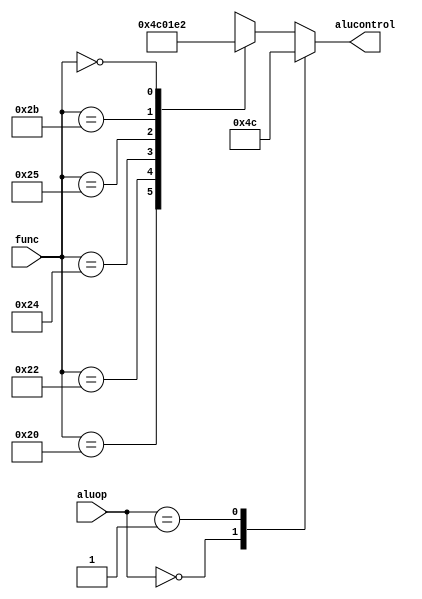
module aludec(func, aluop, alucontrol);
input   [5:0] func;
input   [1:0] aluop;
output reg [3:0] alucontrol;

always @(aluop, func)
begin
    case(aluop)
      2'b00: alucontrol <= 4'b0100;  // add
      2'b01: alucontrol <= 4'b1100;  // sub
      default: case(func)          // RTYPE
          6'b100000: alucontrol <= 4'b0100; // add
          6'b100010: alucontrol <= 4'b1100; // sub
          6'b100100: alucontrol <= 4'b0000; // and
          6'b100101: alucontrol <= 4'b0001; // or
          6'b101011: alucontrol <= 4'b1110; // sltu
          6'b000000: alucontrol <= 4'b0010; // sll
          default:   alucontrol <= 4'bxxxx; // ???
        endcase
    endcase
end

endmodule